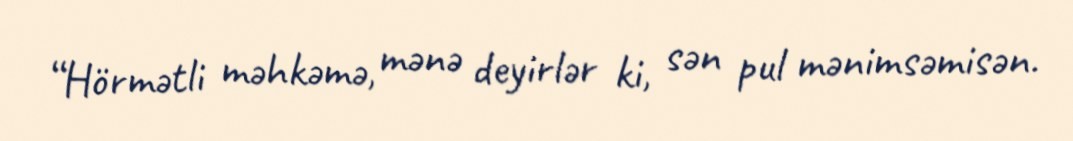
“Hörmətli məhkəmə, mənə deyirlər ki, sən pul mənimsəmisən.